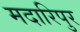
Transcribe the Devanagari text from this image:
मदारिपुर